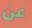
عن